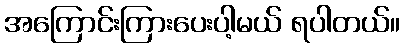
အကြောင်းကြားပေးပါ့မယ် ရပါတယ်။